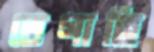
তেগাছি